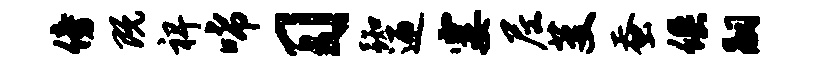
傍既裨唏习踟迎霎尼芟蚕俱嗣